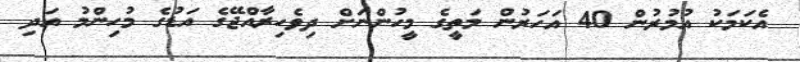
އެކަމަކު އުމުރުން 40 އަހަރުން މަތީގެ މީހުންނަށް ދިވެހިރާއްޖޭގެ އަޑުގެ މުހިންމު އަދި